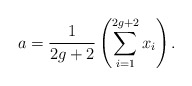
\begin{align*}a =\frac{1}{2g+2}\left(\sum_{i=1}^{2g+2} x_i\right).\end{align*}